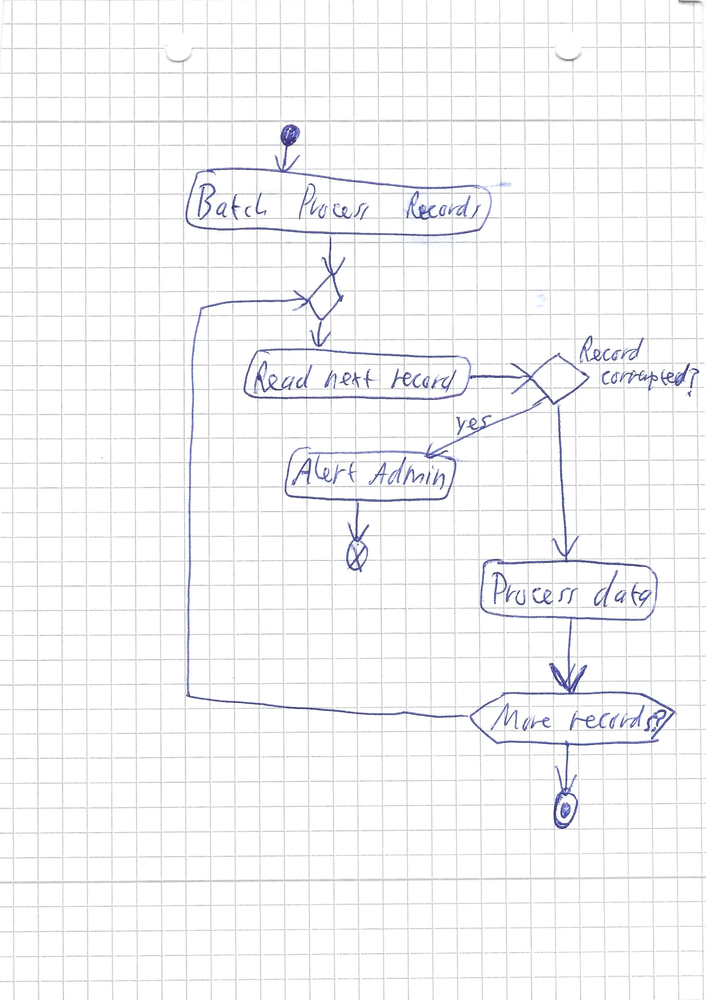
Diagram type: activity_diagram
```plantuml
@startuml

start
:Batch Process Records;
repeat
  :Read next record;
  if (Record corrupted?) then (yes)
    :Alert Admin;
    end
  endif
  :Process data;
repeat while (More records?)
stop

@enduml
```